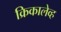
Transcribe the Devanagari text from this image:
क्रिकालेव्ह